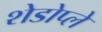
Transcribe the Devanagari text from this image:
शेडोप्ले